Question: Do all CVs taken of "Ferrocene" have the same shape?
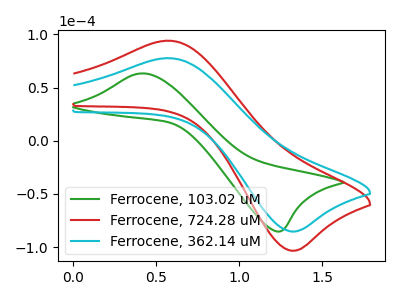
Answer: <think>The green curve "Ferrocene, 103.02 uM" has an anodic peak at (0.45V, 63.25uA) and a cathodic peak at (1.25V, -85.20uA). The red curve "Ferrocene, 724.28 uM" has an anodic peak at (0.60V, 94.00uA) and a cathodic peak at (1.35V, -103.30uA). The cyan curve "Ferrocene, 362.14 uM" has an anodic peak at (0.60V, 77.60uA) and a cathodic peak at (1.35V, -85.30uA).
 "Ferrocene, 103.02 uM" and "Ferrocene, 724.28 uM" have at least one peak that do not match. "Ferrocene, 103.02 uM" and "Ferrocene, 362.14 uM" have at least one peak that do not match. All the peaks in "Ferrocene, 724.28 uM" have a peak in "Ferrocene, 362.14 uM" at the same potential. Every peak in "Ferrocene, 724.28 uM" is higher than every peak in "Ferrocene, 362.14 uM".</think>
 <answer>All the CV's of "Ferrocene" have similar shape.</answer>
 <eval>follow_rule</eval>